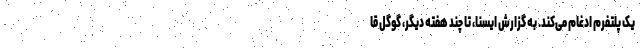
یک پلتفرم ادغام می‌کند. به گزارش ایسنا، تا چند هفته دیگر، گوگل قا